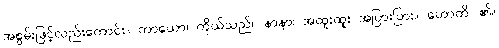
အစွမ်းဖြင့်လည်းကောင်း။ ကာယော၊ ကိုယ်သည်။ နာနာ၊ အထူးထူး အပြားပြား။ ဟောတိ၊ ၏။